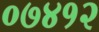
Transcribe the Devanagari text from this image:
०७४१२